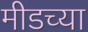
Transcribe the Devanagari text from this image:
मीडच्या